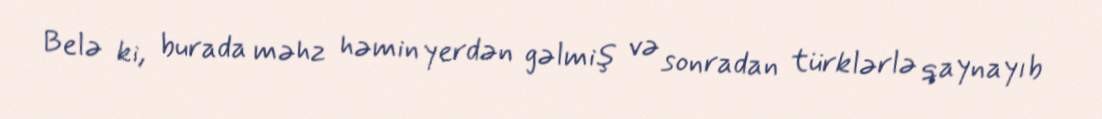
Belə ki, burada məhz həmin yerdən gəlmiş və sonradan türklərlə qaynayıb